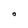
Character: O